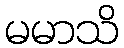
မမာသိ